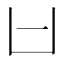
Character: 𠙵